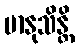
မာနုသိန္တိ